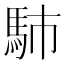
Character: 馷